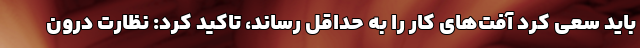
باید سعی کرد آفت‌های کار را به حداقل رساند، تاکید کرد: نظارت درون